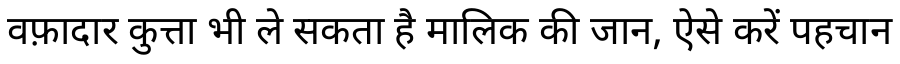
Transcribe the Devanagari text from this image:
वफ़ादार कुत्ता भी ले सकता है मालिक की जान, ऐसे करें पहचान